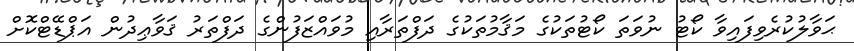
ޙަވާލުކުރެވިފައިވާ ކޯޓު ނުވަތަ ކޯޓުތަކުގެ މަޤާމުތަކުގެ ދަފްތަރާއި މުވައްޒަފުންގެ ދަފްތަރު ޤަވާޢިދުން އަޕްޑޭޓްކޮށް